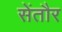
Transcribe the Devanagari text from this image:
सेंतौर